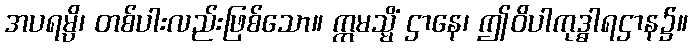
အပရမ္ပိ၊ တစ်ပါးလည်းဖြစ်သော။ ဣမသ္မိံ ဌာနေ၊ ဤဝိပါကုဒ္ဓါရဌာန၌။